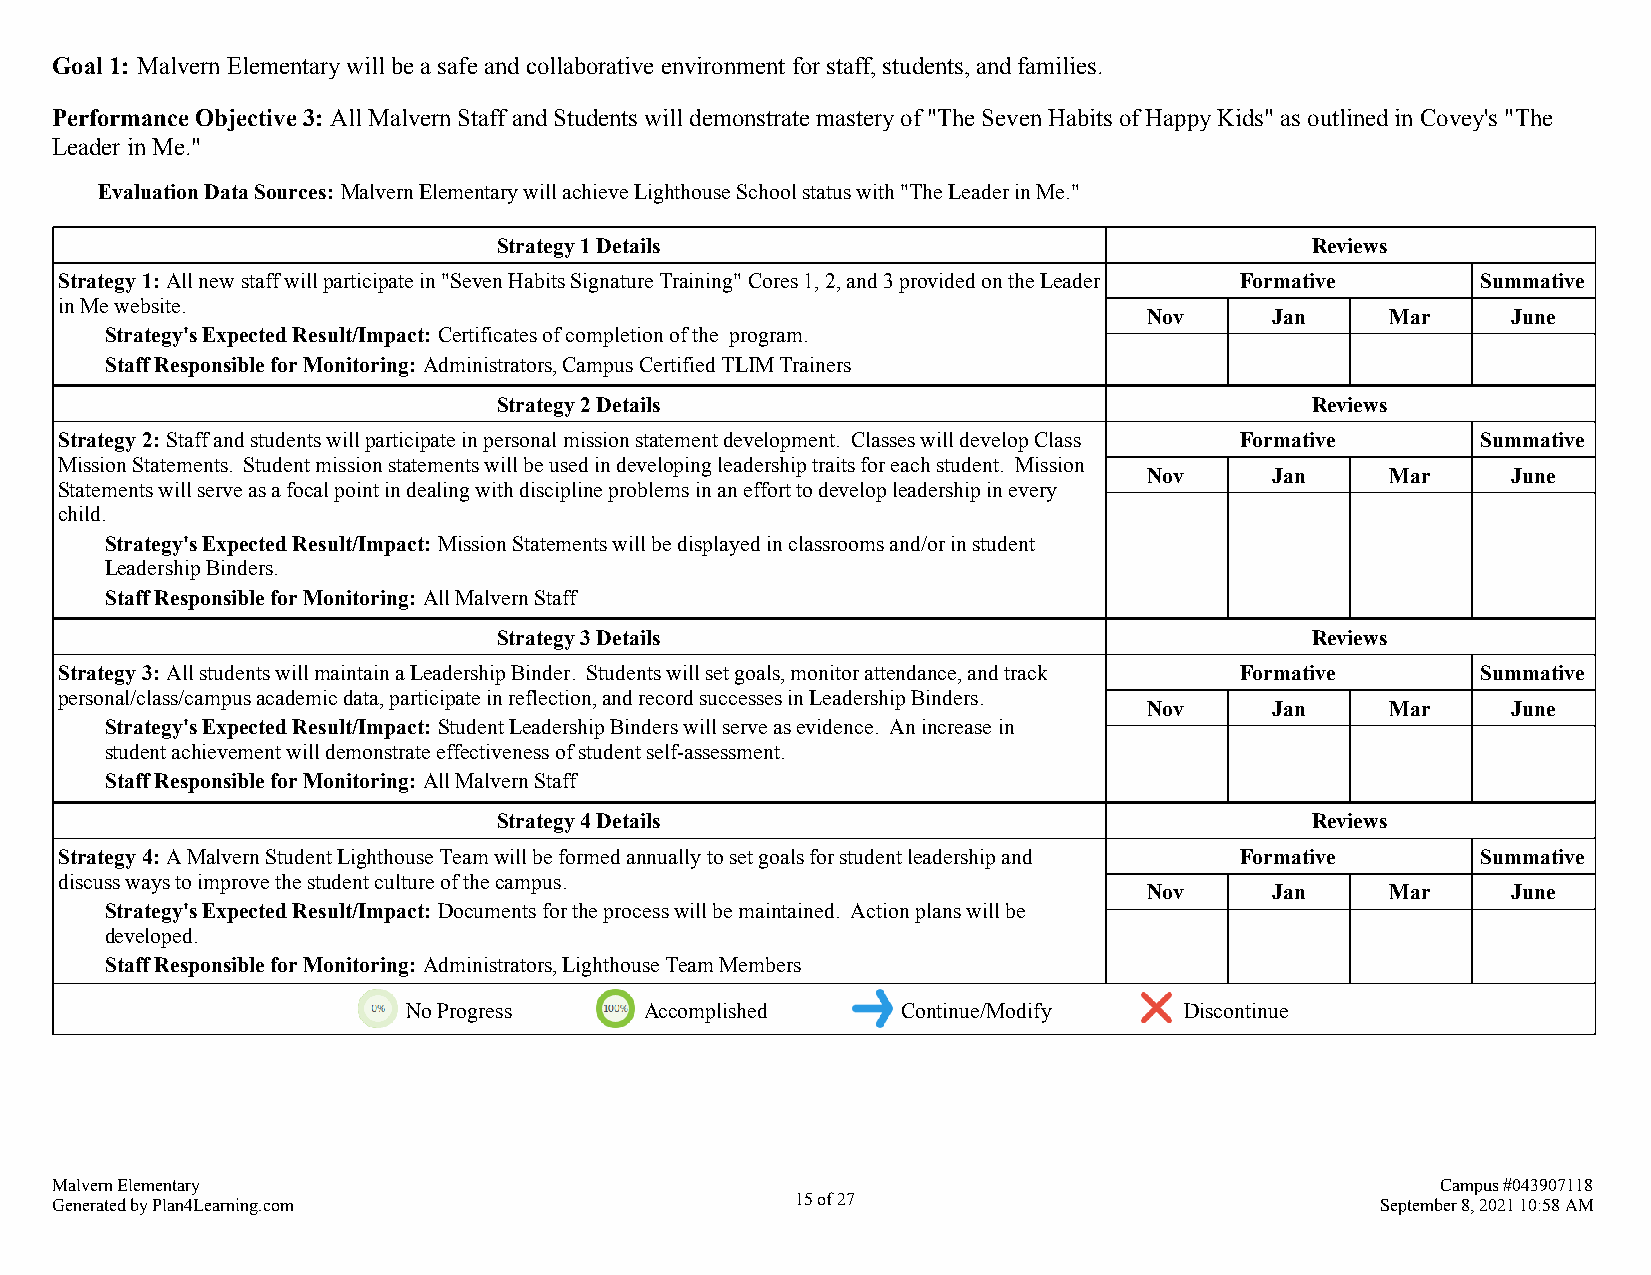
Goal 1: Malvern Elementary will be a safe and collaborative environment for staff, students, and families.
 Performance Objective 3: All Malvern Staff and Students will demonstrate mastery of "The Seven Habits of Happy Kids" as outlined in Covey's "The
 Leader in Me."
 Evaluation Data Sources: Malvern Elementary will achieve Lighthouse School status with "The Leader in Me."
 Strategy 1 Details                                    Reviews
 Strategy 1: All new staff will participate in "Seven Habits Signature Training" Cores 1, 2, and 3 provided on the Leader Formative Summative
 in Me website.
 Nov     Jan     Mar     June
 Strategy's Expected Result/Impact: Certificates of completion of the program.
 Staff Responsible for Monitoring: Administrators, Campus Certified TLIM Trainers
 Strategy 2 Details                                    Reviews
 Strategy 2: Staff and students will participate in personal mission statement development. Classes will develop Class Formative Summative
 Mission Statements. Student mission statements will be used in developing leadership traits for each student. Mission
 Nov     Jan     Mar     June
 Statements will serve as a focal point in dealing with discipline problems in an effort to develop leadership in every
 child.
 Strategy's Expected Result/Impact: Mission Statements will be displayed in classrooms and/or in student
 Leadership Binders.
 Staff Responsible for Monitoring: All Malvern Staff
 Strategy 3 Details                                    Reviews
 Strategy 3: All students will maintain a Leadership Binder. Students will set goals, monitor attendance, and track Formative Summative
 personal/class/campus academic data, participate in reflection, and record successes in Leadership Binders.
 Nov     Jan     Mar     June
 Strategy's Expected Result/Impact: Student Leadership Binders will serve as evidence. An increase in
 student achievement will demonstrate effectiveness of student self-assessment.
 Staff Responsible for Monitoring: All Malvern Staff
 Strategy 4 Details                                    Reviews
 Strategy 4: A Malvern Student Lighthouse Team will be formed annually to set goals for student leadership and Formative Summative
 discuss ways to improve the student culture of the campus.
 Nov     Jan     Mar     June
 Strategy's Expected Result/Impact: Documents for the process will be maintained. Action plans will be
 developed.
 Staff Responsible for Monitoring: Administrators, Lighthouse Team Members
 No Progress     Accomplished     Continue/Modify   Discontinue
 Malvern Elementary                                                                          Campus #043907118
 Generated by Plan4Learning.com                    15 of 27                              September 8, 2021 10:58 AM